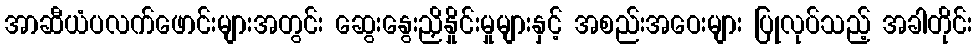
အာဆီယံပလက်ဖောင်းများအတွင်း ဆွေးနွေးညှိနှိုင်းမှုများနှင့် အစည်းအဝေးများ ပြုလုပ်သည့် အခါတိုင်း